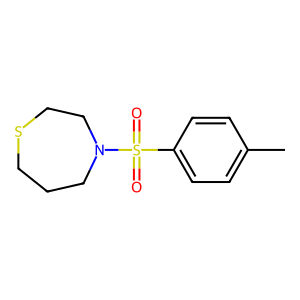
SMILES: Cc1ccc(S(=O)(=O)N2CCCSCC2)cc1
Inhibits HIV replication: No